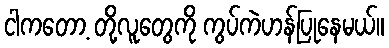
ငါကတော့ တို့လူတွေကို ကွပ်ကဲဟန်ပြုနေမယ်။